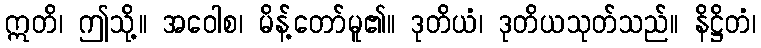
ဣတိ၊ ဤသို့။ အဝေါစ၊ မိန့်တော်မူ၏။ ဒုတိယံ၊ ဒုတိယသုတ်သည်။ နိဋ္ဌိတံ၊